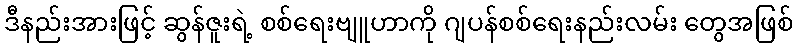
ဒီနည်းအားဖြင့် ဆွန်ဇူးရဲ့ စစ်ရေးဗျူဟာကို ဂျပန်စစ်ရေးနည်းလမ်း တွေအဖြစ်